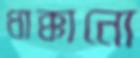
ধাক্কানো